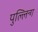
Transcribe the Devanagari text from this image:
पुल्लिन्ग